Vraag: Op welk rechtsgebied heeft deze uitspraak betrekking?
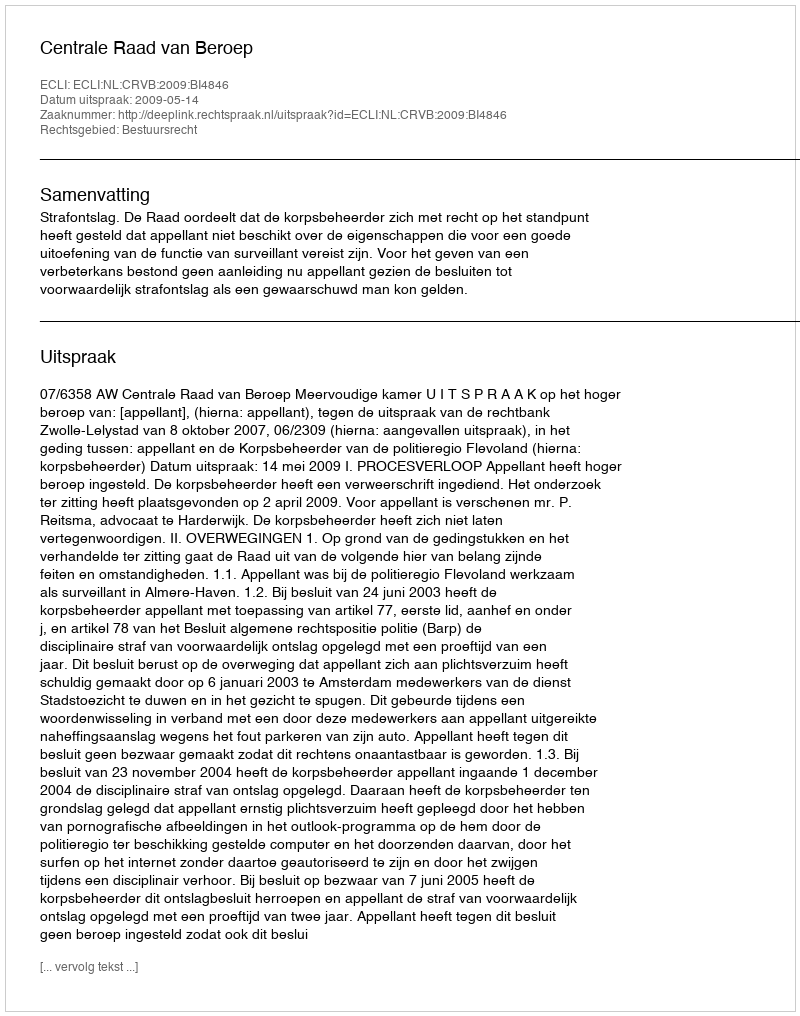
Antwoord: Bestuursrecht